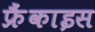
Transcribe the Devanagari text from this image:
फ्रैंकाइस